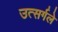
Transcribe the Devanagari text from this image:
उत्सर्गले